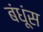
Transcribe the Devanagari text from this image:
बंधूंस